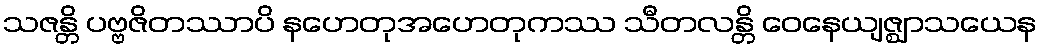
သဇန္တိ ပဗ္ဗဇိတဿာပိ နဟေတုအဟေတုကဿ သီတလန္တိ ဝေနေယျဇ္ဈာသယေန